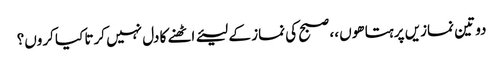
دو تین نمازیں پرہتا ھوں ،، صبح کی نماز کے لیئے اٹھنے کا دل نہیں کرتا کیا کروں؟